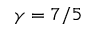
\gamma = 7 / 5